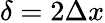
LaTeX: \delta=2\Delta x